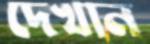
দেখান